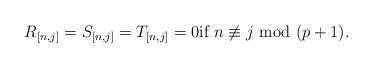
LaTeX: \begin{align*}R_{[n,j]}=S_{[n,j]}=T_{[n,j]}=0 \mbox{if}\,\, n\not\equiv j\,\,\mbox{mod}\,\,(p+1).\end{align*}